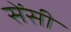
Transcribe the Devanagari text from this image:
सेंसी